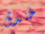
خندق